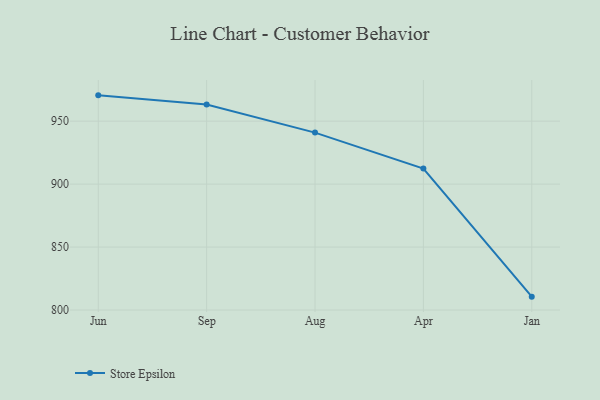
{"axis": {"x": "Month", "y": "Active Users"}, "legend": ["Store Epsilon"], "data": [{"x": "Jun", "y": 970.5, "type": "Store Epsilon"}, {"x": "Sep", "y": 963.2, "type": "Store Epsilon"}, {"x": "Aug", "y": 940.9, "type": "Store Epsilon"}, {"x": "Apr", "y": 912.4, "type": "Store Epsilon"}, {"x": "Jan", "y": 810.6, "type": "Store Epsilon"}]}